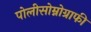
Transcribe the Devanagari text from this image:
पोलीसोम्नोग्राफी